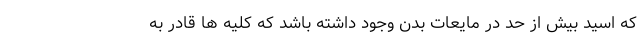
که اسید بیش از حد در مایعات بدن وجود داشته باشد که کلیه ها قادر به